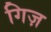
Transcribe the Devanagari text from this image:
गिज़